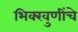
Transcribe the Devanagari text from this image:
भिक्खुणींचे